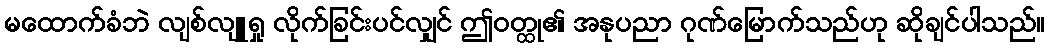
မထောက်ခံဘဲ လျစ်လျူရှု လိုက်ခြင်းပင်လျှင် ဤဝတ္ထု၏ အနုပညာ ဂုဏ်မြောက်သည်ဟု ဆိုချင်ပါသည်။